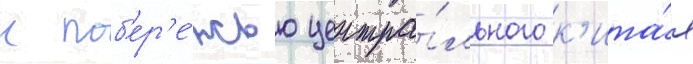
к поб'ер'е́жью центра́льного к'ита́я